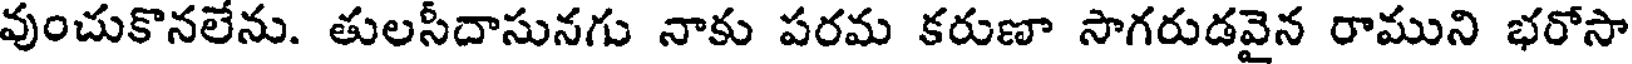
వుంచుకొనలేను. తులసీదాసునగు నాకు పరమ కరుణా సాగరుడవైన రాముని భరోసా